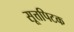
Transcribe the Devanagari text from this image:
सूत्तपिटक